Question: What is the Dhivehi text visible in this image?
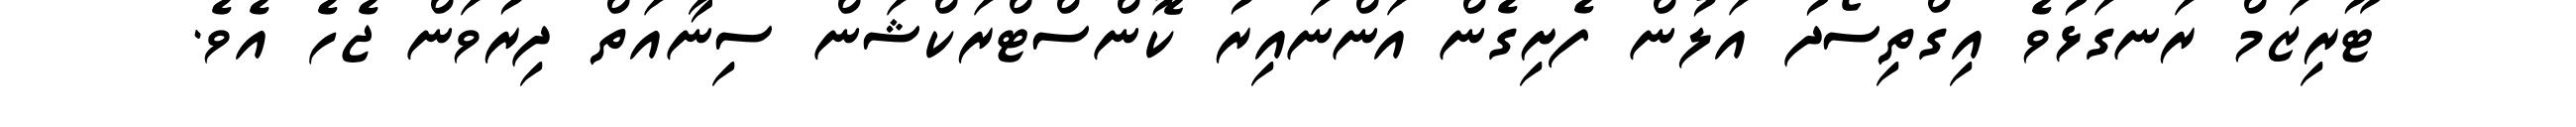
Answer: ޓޫރިޒަމް ރަނގަޅުވެ އިގްތިސޯދު އަލުން ފެށިގެން އަންނައިރު ކޮންސްޓްރަކްޝަން ސިނާއަތް ދިރުވަން ޖެހެ އެވެ.